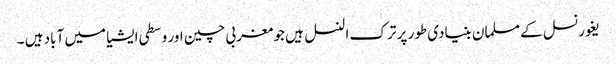
یغور نسل کے مسلمان بنیادی طور پر ترک النسل ہیں جو مغربی چین اور وسطی ایشیا میں آباد ہیں ۔